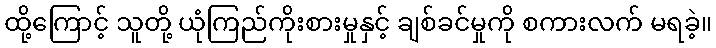
ထို့ကြောင့် သူတို့ ယုံကြည်ကိုးစားမှုနှင့် ချစ်ခင်မှုကို စကားလက် မရခဲ့။